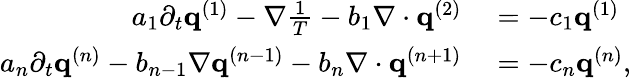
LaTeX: \begin{array}{rl}{a_{1}\partial_{t}\mathbf q^{(1)}-\nabla\frac{1}{T}-b_{1}\nabla\cdot\mathbf q^{(2)}}&{{}=-c_{1}\mathbf q^{(1)}}\\ {a_{n}\partial_{t}\mathbf q^{(n)}-b_{n-1}\nabla\mathbf q^{(n-1)}-b_{n}\nabla\cdot\mathbf q^{(n+1)}}&{{}=-c_{n}\mathbf q^{(n)},}\end{array}